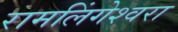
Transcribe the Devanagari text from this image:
रामलिंगेश्‍वरा